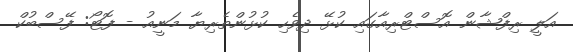
އަލީ ރިފްޝާން އޮސްޓްރިއާގައި ކުޅޭ ދިވެހި ކުޅުންތެރިޔާ މަނީއު - ފޮޓޯ: ފޭސްބުކް